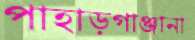
পাহাড়গাঞ্জানা